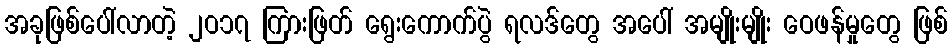
အခုဖြစ်ပေါ်လာတဲ့ ၂ဝ၁၇ ကြားဖြတ် ရွေးကောက်ပွဲ ရလဒ်တွေ အပေါ် အမျိုးမျိုး ဝေဖန်မှုတွေ ဖြစ်